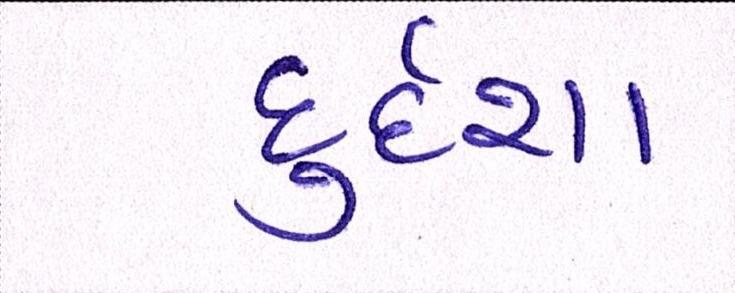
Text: દુર્દશા